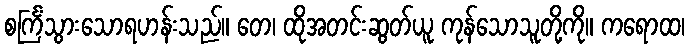
စင်္ကြံသွားသောရဟန်းသည်။ တေ၊ ထိုအတင်းဆွတ်ယူ ကုန်သောသူတို့ကို။ ကရောထ၊